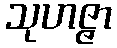
သုဟဇ္ဇာ